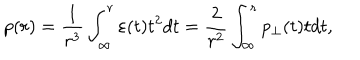
LaTeX: p ( r ) = \frac { 1 } { r ^ { 3 } } \int _ { \infty } ^ { r } { \varepsilon ( t ) t ^ { 2 } d t } = \frac { 2 } { r ^ { 2 } } \int _ { \infty } ^ { r } { p _ { \perp } ( t ) t d t } ,